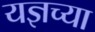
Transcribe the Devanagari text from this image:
यज्ञच्या